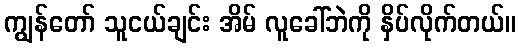
ကျွန်တော် သူငယ်ချင်း အိမ် လူခေါ်ဘဲကို နှိပ်လိုက်တယ်။